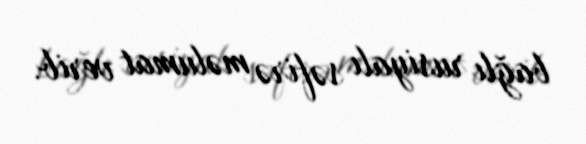
bağlı rusiyalı səfirə məlumat verib.